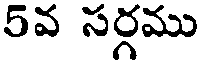
5వ సర్గము